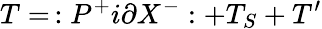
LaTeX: T=\, :P^{+}i\partial X^{-}:+T_{S}+T^{\prime}